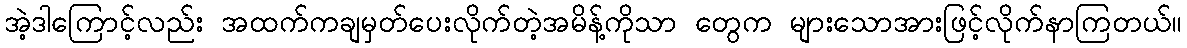
အဲ့ဒါကြောင့်လည်း အထက်ကချမှတ်ပေးလိုက်တဲ့အမိန့်ကိုသာ တွေက များသောအားဖြင့်လိုက်နာကြတယ်။